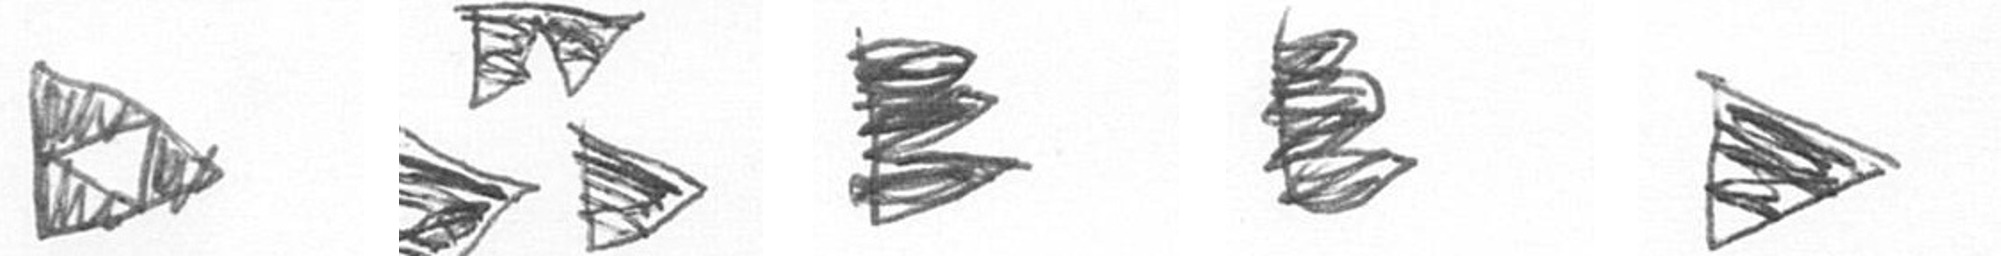
K B H H T